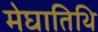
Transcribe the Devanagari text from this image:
मेघातिथि